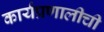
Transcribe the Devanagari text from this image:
कार्यप्रणालीची